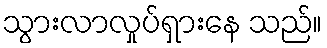
သွားလာလှုပ်ရှားနေ သည်။